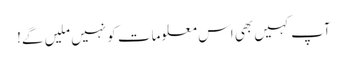
آپ کہیں بھی اس معلومات کو نہیں ملیں گے!